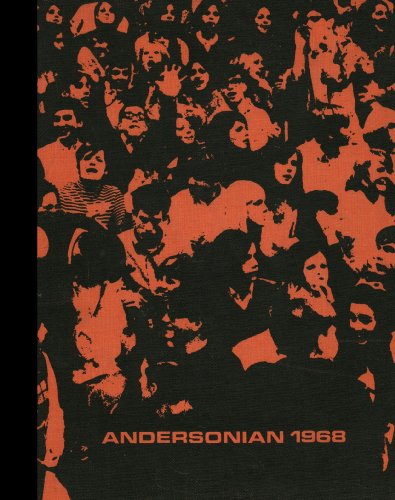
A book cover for (Reprint) 1968 Yearbook: Anderson High School, Cincinnati, Ohio; Reference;